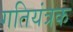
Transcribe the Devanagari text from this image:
गतियंत्रक